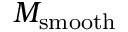
M _ { \mathrm { s m o o t h } }